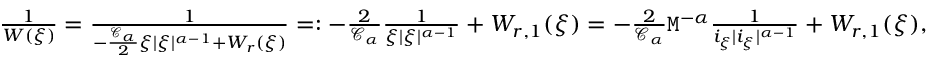
\begin{array} { r } { \frac { 1 } { W ( \xi ) } = \frac { 1 } { - \frac { \mathcal { C } _ { \alpha } } { 2 } \xi | \xi | ^ { \alpha - 1 } + W _ { r } ( \xi ) } = : - \frac { 2 } { \mathcal { C } _ { \alpha } } \frac { 1 } { \xi | \xi | ^ { \alpha - 1 } } + W _ { r , 1 } ( \xi ) = - \frac { 2 } { \mathcal { C } _ { \alpha } } \mathtt { M } ^ { - \alpha } \frac { 1 } { i _ { \xi } | i _ { \xi } | ^ { \alpha - 1 } } + W _ { r , 1 } ( \xi ) , } \end{array}